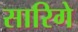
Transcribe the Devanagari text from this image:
सारिगे